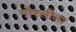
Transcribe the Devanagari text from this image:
गौरलीला